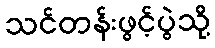
သင်တန်းဖွင့်ပွဲသို့